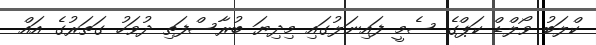
ކްލަބު ވޯލްޑް ކަޕްގެ ސެމީ ފައިނަލުގައި މިދިޔަ ބުރާސްފަތި ދުވަހު ގަތަރުގެ އައް